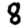
Digit: 8